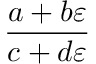
\frac { a + b \varepsilon } { c + d \varepsilon }